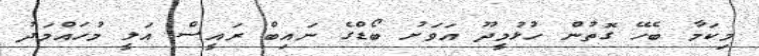
މިކަމާ ބެހޭ ގޮތުން ހުޅުމީދޫ އަވަށު ބޯޑްގެ ނައިބް ރައީސް އަލީ މުހައްމަދު